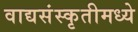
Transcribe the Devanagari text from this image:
वाद्यसंस्कृतीमध्ये